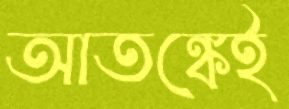
আতঙ্কেই